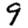
Digit: 9